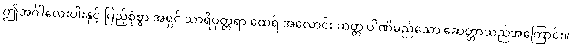
ဤအင်္ဂါလေးပါးနှင့် ပြည့်စုံစွာ အရှင် သာရိပုတ္တရာ ထေရ် အလောင်း ဆတ္တ ပါဏိမည်သော ဆေတ္တာသည်အကြောင်း။